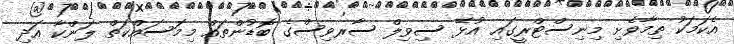
އެކަމަކު ތިމާވެށި މިނިސްޓްރީގައި އުޅޭ ސިވިލް ސާރވިސްގެ ބޮޑުންތައް މިމަސައްކަތް ލަންކާ އަދި